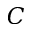
C